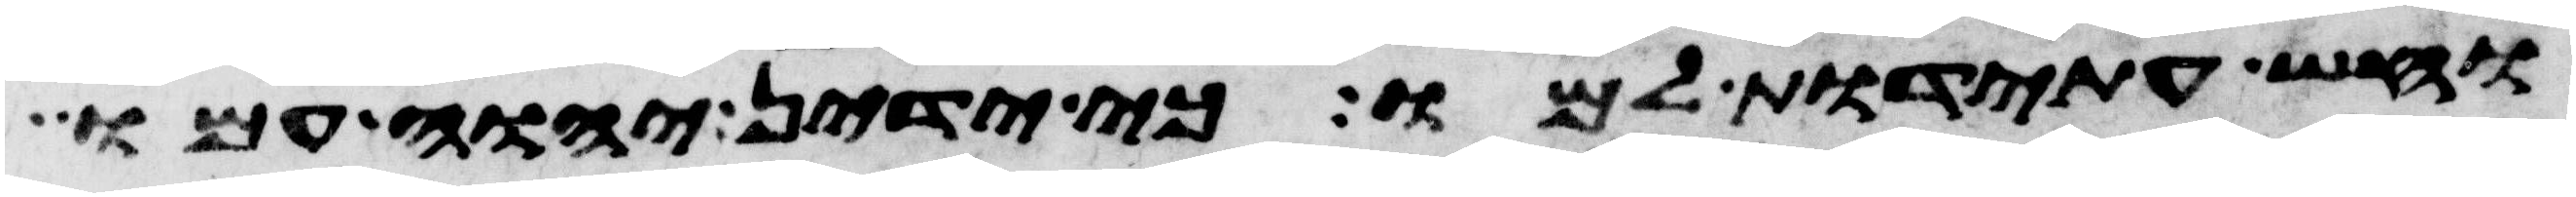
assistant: וחש עתידת למו כי ידין יהוה עמו